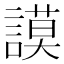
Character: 謨